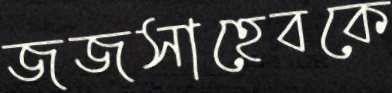
জজসাহেবকে